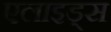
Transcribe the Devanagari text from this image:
एलाइड्स